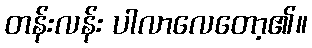
တန်းလန်း ပါလာလေတော့၏။